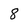
Character: 8